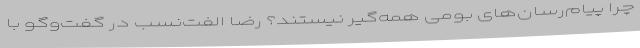
چرا پیام‌رسان‌های بومی همه‌گیر نیستند؟ رضا الفت‌نسب در گفت‌وگو با